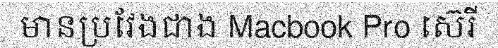
មានប្រវែងជាង Macbook Pro ស៊េរី